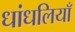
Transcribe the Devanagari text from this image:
धांधलियाँ